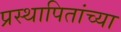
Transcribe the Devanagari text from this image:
प्रस्थापितांच्या